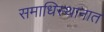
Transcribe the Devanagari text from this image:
समाधिस्थानात